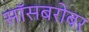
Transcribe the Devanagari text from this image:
सॉसबरोबर